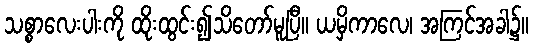
သစ္စာလေးပါးကို ထိုးထွင်း၍သိတော်မူပြီ။ ယမှိကာလေ၊ အကြင်အခါ၌။